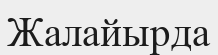
Жалайырда